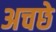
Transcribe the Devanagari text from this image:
अचछे